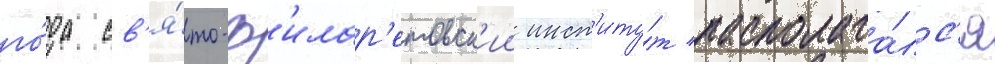
го́да св'я́то-ф'илар'етовск'ии инст'иту́т располага́лс'я